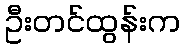
ဦးတင်ထွန်းက